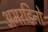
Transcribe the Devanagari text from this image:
अमरडिऩो